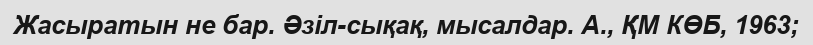
Жасыратын не бар. Әзіл-сықақ, мысалдар. А., ҚМ КӨБ, 1963;